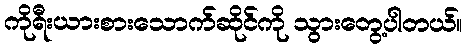
ကိုရီးယားစားသောက်ဆိုင်ကို သွားတွေ့ပါတယ်။